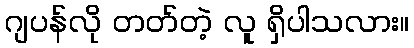
ဂျပန်လို တတ်တဲ့ လူ ရှိပါသလား။